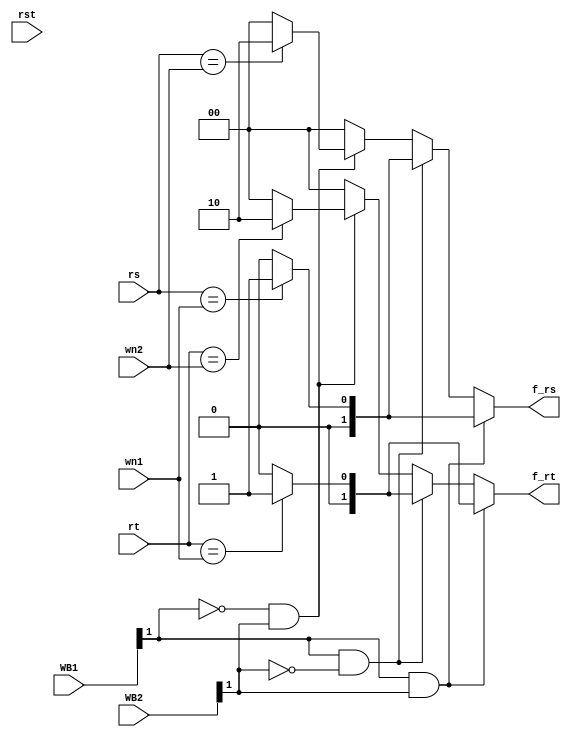
module Forward(rst, rs, rt, wn1, wn2, WB1, WB2, f_rs, f_rt) ;

input rst ;
input [4:0] rs, rt, wn1, wn2 ;
input [1:0] WB1, WB2 ;
output reg [1:0] f_rs, f_rt ;

always@(rs or rt or rst or WB1 or WB2 or wn1 or wn2) begin 
	if (rst) begin 
		f_rs <= 2'b0 ;
		f_rt <= 2'b0 ;
	end 
	if (WB1[1] && WB2[1]) begin 
		if (wn1 == wn2) begin 
			if (rs == wn1) f_rs <= 2'b01 ;
			else f_rs <= 2'b00 ;
			if (rt == wn1) f_rt <= 2'b01 ;
			else f_rt <= 2'b00 ;
		end 
		else begin 
			if (rs == wn2) f_rs <= 2'b10 ;
			else f_rs <= 2'b00 ;
			if (rt == wn2) f_rt <= 2'b10 ;
			else f_rt <= 2'b00 ;
			if (rs == wn1) f_rs <= 2'b01 ;
			else f_rs <= 2'b00 ;
			if (rt == wn1) f_rt <= 2'b01 ;
			else f_rt <= 2'b00 ;
		end 
	end 
	else if (WB1[1] && !WB2[1]) begin 
		if (rs == wn1) f_rs <= 2'b01 ;
		else f_rs <= 2'b00 ;
		if (rt == wn1) f_rt <= 2'b01 ;
		else f_rt <= 2'b00 ;
	end 
	else if (!WB1[1] && WB2[1]) begin 
		if (rs == wn2) f_rs <= 2'b10 ;
		else f_rs <= 2'b00 ;
		if (rt == wn2) f_rt <= 2'b10 ;
		else f_rt <= 2'b00 ;
	end 
	else begin 
		f_rs <= 2'b00 ;
		f_rt <= 2'b00 ;
	end 
end 

endmodule